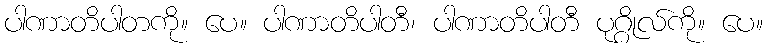
ပါဏာတိပါတကို။ ပေ။ ပါဏာတိပါတီ၊ ပါဏာတိပါတီ ပုဂ္ဂိုလ်ကို။ ပေ။